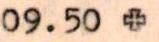
09.50 +